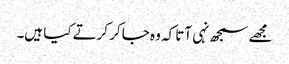
مجھے سمجھ نہی آتا کہ وہ جا کر کرتے کیا ہیں۔